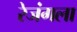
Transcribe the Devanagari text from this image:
रेजंगला